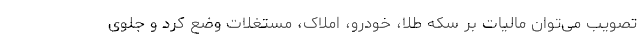
تصویب می‌توان مالیات بر سکه طلا، خودرو، املاک، مستغلات وضع کرد و جلوی